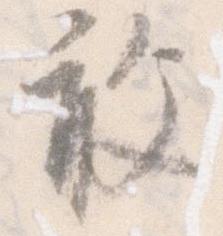
敢